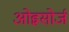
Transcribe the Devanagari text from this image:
ओह्नसोर्ज